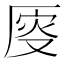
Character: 𠩹